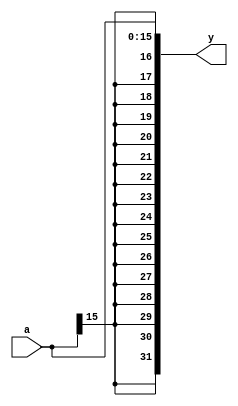
// Sign Extension Unit
module sign_ext (
        input  [15:0] a,
        output [31:0] y
);

    assign y = {{16{a[15]}}, a};

endmodule